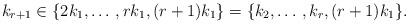
LaTeX: \begin{align*}k_{r+1} \in \{2k_1,\dotso,rk_1, (r+1)k_1\} = \{k_2,\dotso,k_r,(r+1)k_1\}.\end{align*}